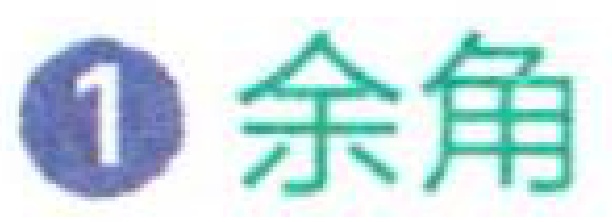
\textcircled{1}余角